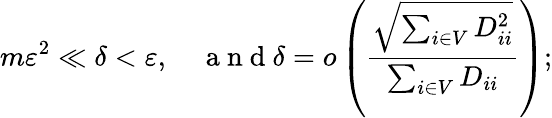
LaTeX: m\varepsilon^{2}\ll\delta<\varepsilon,\quad\mathrm{~a~n~d~}\displaystyle\delta=o\left(\frac{\sqrt{\sum_{i\in V}D_{ii}^{2}}}{\sum_{i\in V}D_{ii}}\right);